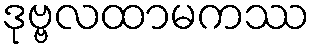
ဒုဗ္ဗလထာမကဿ